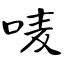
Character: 唛